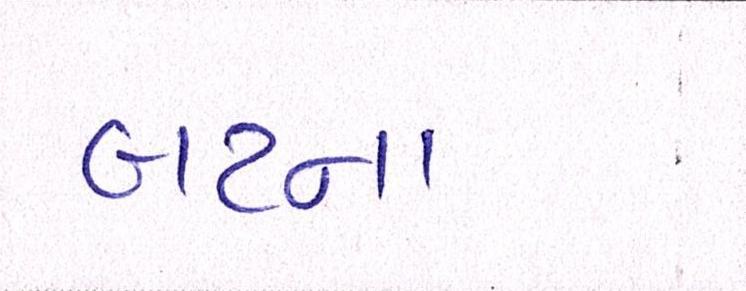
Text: બટન